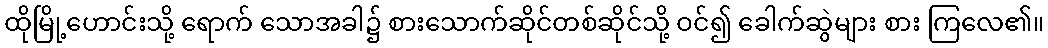
ထိုမြို့ဟောင်းသို့ ရောက် သောအခါ၌ စားသောက်ဆိုင်တစ်ဆိုင်သို့ ဝင်၍ ခေါက်ဆွဲများ စား ကြလေ၏။